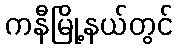
ကနီမြို့နယ်တွင်